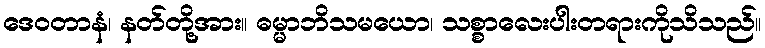
ဒေဝတာနံ၊ နတ်တို့အား။ ဓမ္မာဘိသမယော၊ သစ္စာလေးပါးတရားကိုသိသည်။